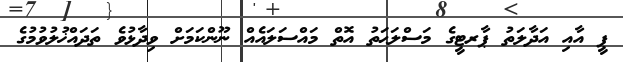
ޕީ އާއި އަދާލަތު ޕާރޓީގެ މަސްލަޙަތު އޮތް މައްސަލައެއް ނޫންކަމަށް ވިދާޅުވެ ތަދައްޚުލުވުމުގެ